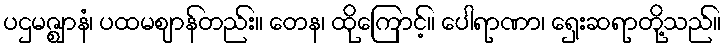
ပဌမဇ္ဈာနံ၊ ပထမဈာန်တည်း။ တေန၊ ထိုကြောင့်။ ပေါရာဏာ၊ ရှေးဆရာတို့သည်။